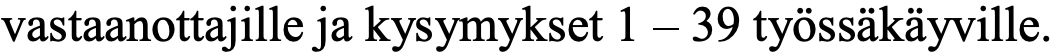
vastaanottajille ja kysymykset 1 – 39 työssäkäyville.